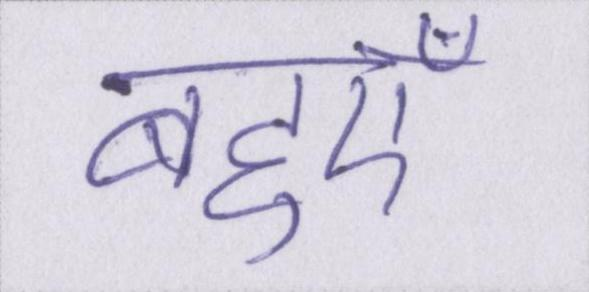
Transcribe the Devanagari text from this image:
बहुएँ